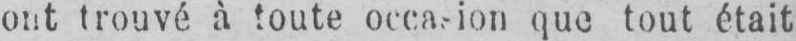
que tout était